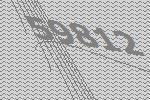
59812